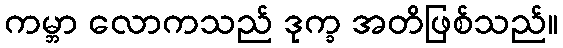
ကမ္ဘာ လောကသည် ဒုက္ခ အတိဖြစ်သည်။